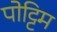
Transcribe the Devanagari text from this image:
पोट्टिम